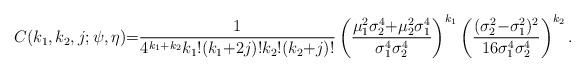
LaTeX: \begin{align*} C(k_1,k_2,j;\psi,\eta){=}\frac{1}{4^{k_1{+}k_2}k_1!(k_1{+}2j)!k_2!(k_2{+}j)!}\left(\frac{\mu^2_1\sigma^4_{2}{+}\mu^2_2\sigma^4_{1}}{\sigma^4_1\sigma^4_{2}}\right)^{k_{1}}\left(\frac{(\sigma^2_2{-}\sigma^2_1)^2}{16\sigma^4_1\sigma^4_{2}}\right)^{k_2}. \end{align*}